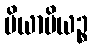
ပိယာပိယဉ္စ